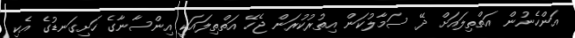
އަންހެނުން އަތްތިލައަށް ދޭ ސަމާލުކަން އިތުރުކުރަން ޖެހޭ އަތްތިލައަކީ އިންސާނާގެ ހަށިގަނޑުގެ އެކި